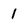
Character: 1